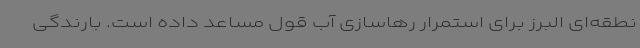
نطقه‌ای البرز برای استمرار رهاسازی آب قول مساعد داده است. بارندگی